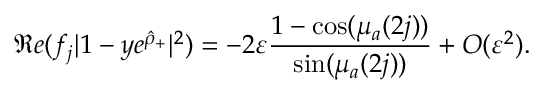
\Re e ( f _ { j } | 1 - y e ^ { \hat { \rho } _ { + } } | ^ { 2 } ) = - 2 \varepsilon \frac { 1 - \cos ( \mu _ { a } ( 2 j ) ) } { \sin ( \mu _ { a } ( 2 j ) ) } + O ( \varepsilon ^ { 2 } ) .